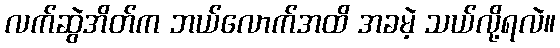
လက်ဆွဲအိတ်က ဘယ်လောက်အထိ အခမဲ့ သယ်လို့ရလဲ။